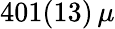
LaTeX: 401(13)\, \mu